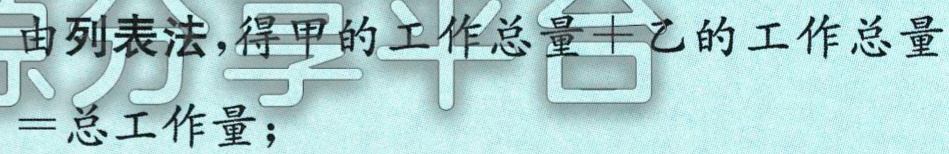
由列表法,得甲的工作总量+乙的工作总量

$=$总工作量；